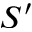
S ^ { \prime }